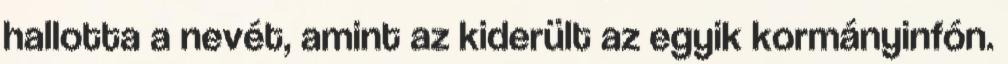
hallotta a nevét, amint az kiderült az egyik kormányinfón.